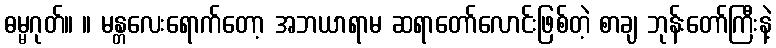
ဓမ္မဂုတ်။ ။ မန္တလေးရောက်တော့ အဘယာရာမ ဆရာတော်လောင်းဖြစ်တဲ့ စာချ ဘုန်းတော်ကြီးနဲ့